画像に写った文字を読んでください
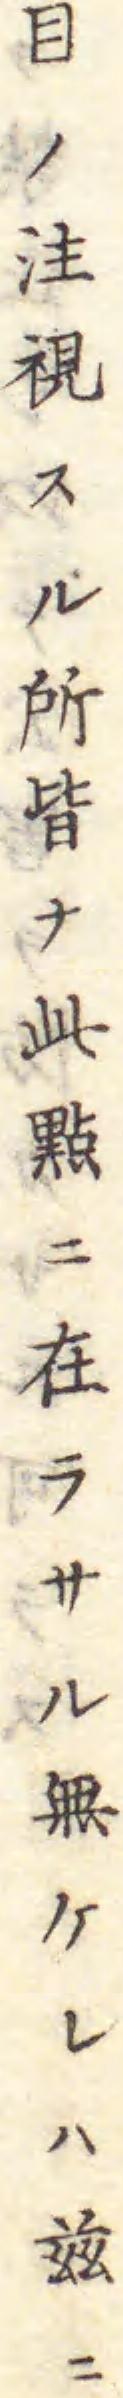
「目ノ注視スル所皆ナ此點ニ在ラサル無ケレハ玆ニ」と書いてあります